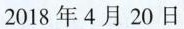
2018年4月20日